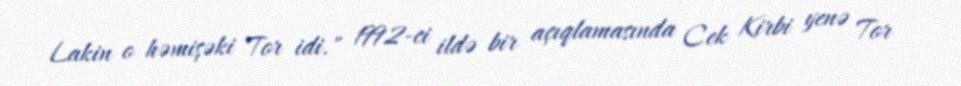
Lakin o həmişəki Tor idi." 1992-ci ildə bir açıqlamasında Cek Kirbi yenə Tor